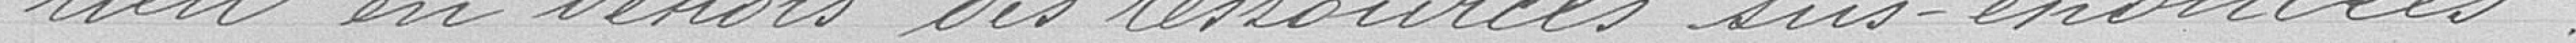
rien en dehors des ressources sus-énoncées